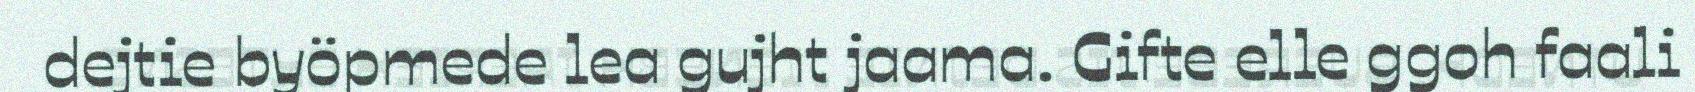
dejtie byöpmede lea gujht jaama. Gifte elle ggoh faali